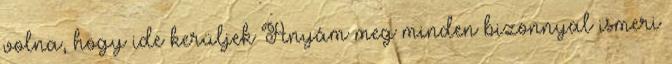
volna, hogy ide kerüljek Anyám meg minden bizonnyal ismeri